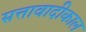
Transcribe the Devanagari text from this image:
सत्तावादीकाल